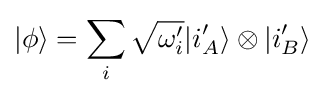
|\phi \rangle =\sum _{i}{\sqrt {\omega _{i}'}}|i_{A}'\rangle \otimes |i_{B}'\rangle